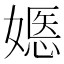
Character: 嫕